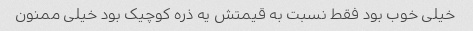
خیلی خوب بود فقط نسبت به قیمتش یه ذره کوچیک بود خیلی ممنون